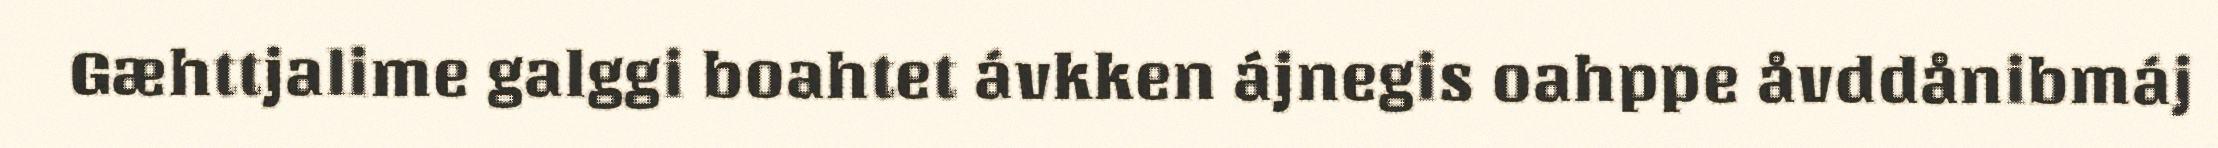
Gæhttjalime galggi boahtet ávkken ájnegis oahppe åvddånibmáj